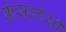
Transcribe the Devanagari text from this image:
कंसल्टेसी